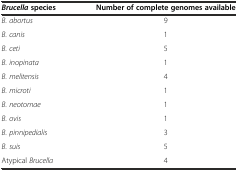
<table><thead><tr><td><b><i>Brucella</i>species</b></td><td><b>Number of complete genomes available</b></td></tr></thead><tbody><tr><td><i>B. abortus</i></td><td>9</td></tr><tr><td><i>B. canis</i></td><td>1</td></tr><tr><td><i>B. ceti</i></td><td>5</td></tr><tr><td><i>B. inopinata</i></td><td>1</td></tr><tr><td><i>B. melitensis</i></td><td>4</td></tr><tr><td><i>B. microti</i></td><td>1</td></tr><tr><td><i>B. neotomae</i></td><td>1</td></tr><tr><td><i>B. ovis</i></td><td>1</td></tr><tr><td><i>B. pinnipedialis</i></td><td>3</td></tr><tr><td><i>B. suis</i></td><td>5</td></tr><tr><td>Atypical <i>Brucella</i></td><td>4</td></tr></tbody></table>